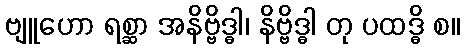
ဗျူဟော ရစ္ဆာ အနိဗ္ဗိဒ္ဓါ၊ နိဗ္ဗိဒ္ဓါ တု ပထဒ္ဓိ စ။